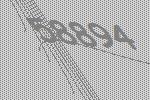
58894